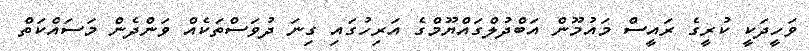
ވަހީދަކީ ކުރީގެ ރައީސް މައުމޫން އަބްދުލްގައްޔޫމްގެ އަރިހުގައި ގިނަ ދުވަސްތަކެއް ވަންދެން މަސައްކަތް